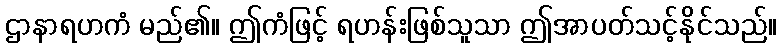
ဌာနာရဟကံ မည်၏။ ဤကံဖြင့် ရဟန်းဖြစ်သူသာ ဤအာပတ်သင့်နိုင်သည်။